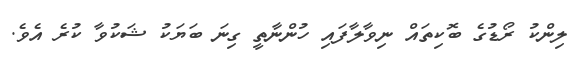
ލިންކު ރޯޑުގެ ބޮކިތައް ނިވާލާފައި ހުންނާތީ ގިނަ ބަޔަކު ޝަކުވާ ކުރެ އެވެ.